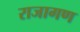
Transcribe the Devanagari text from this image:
राजागण